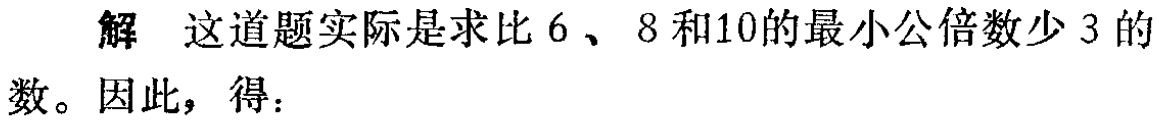
解 这道题实际是求比$6$、$8$和$10$的最小公倍数少$3$的数。因此，得：